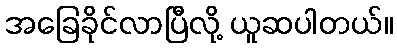
အခြေခိုင်လာပြီလို့ ယူဆပါတယ်။